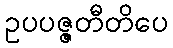
ဥပပဇ္ဇတီတိပေ